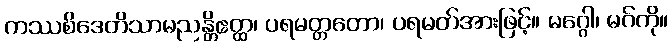
ကဿစိဒေတိသာမညန္တိဧတ္ထ၊ ပရမတ္တတော၊ ပရမတ်အားဖြင့်။ မဂ္ဂေါ၊ မဂ်ကို။